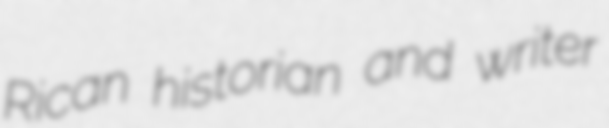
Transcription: Rican historian and writer